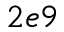
2 e 9